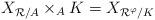
LaTeX: \begin{align*}X_{\mathcal{R}/A}\times_A K= X_{\mathcal{R}^\varphi/K}\end{align*}